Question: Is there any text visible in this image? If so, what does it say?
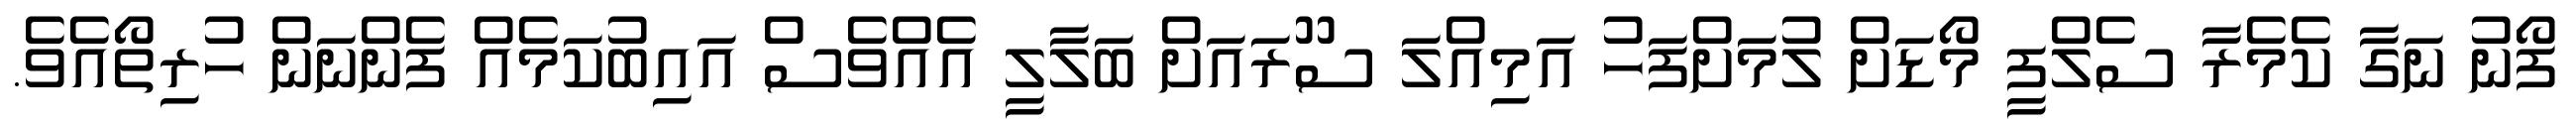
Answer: ފޯނު ނަގާ ކެމެރާ ސެލްފީ މޯޑަށް ލުމަށްފަހު އަމިއްލަ ސޫރައަށް ބަލާލީ އެއްވެސް އައިބުކަމެއް ފެންނަން ހުރިތޯއެވެ.